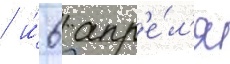
/ и́ 6 апр'е́л'я